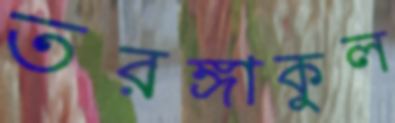
তরঙ্গাকুল